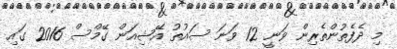
މި ދެފެތުންތެރިން ވަނީ 12 ވަނަ ސައުތު އޭޝިއަން ގޭމްސް 2016 ގައި